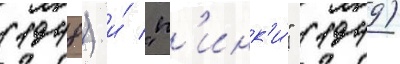
(1948) и́ "п'инк'и́" (1949)